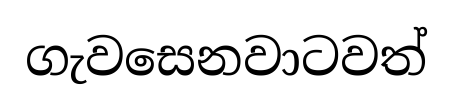
ගැවසෙනවාටවත්